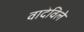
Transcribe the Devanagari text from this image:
वादेविले